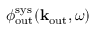
\phi _ { \mathrm { o u t } } ^ { \mathrm { s y s } } ( { \bf k } _ { \mathrm { o u t } } , \omega )